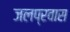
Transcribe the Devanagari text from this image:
जलप्रवास